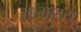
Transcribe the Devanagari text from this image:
आमशय